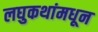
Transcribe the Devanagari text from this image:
लघुकथांमधून